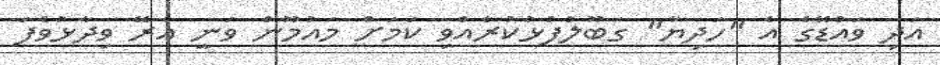
އަދި ވައްޑޭގެ އެ "ހަދިޔާ" ގަބޫލުފުޅުކުރެއްވި ކަމަށް މައުމޫން ވަނީ އެރޭ ވިދާޅުވެފަ